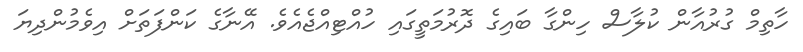
ހާތިމް ގުރުއާން ކުލާސް ހިންގާ ބައިގެ ދޮރުމަތީގައި ހުއްޓިއްޖެއެވެ. އޭނާގެ ކަންފަތަށް އިވެމުންދިޔަ